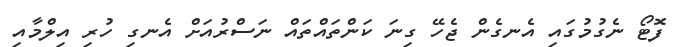
ފޮޓޯ ނެގުމުގައި އެނގެން ޖެހޭ ގިނަ ކަންތައްތައް ނަސްރުއަށް އެނގި ހުރި އިލްމާއި